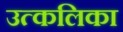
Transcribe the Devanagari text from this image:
उत्‍कलिका